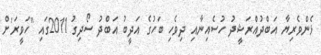
ޅެންވެރިޔާ އަބްދުއްރަޝީދު ހުސެއިނާއި ދިވެހި ބަހުގެ އަދީބު އަބްދު ސޯދިގު 2011ގައި "ހަވީރަ'ށް